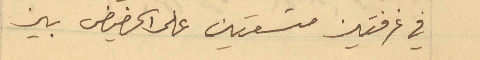
في غرفتين متسعتين على الحضيض بين